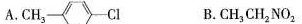
A.CH_{5|-_》Cl B.CH_{3|CH_{2|NO_{2|